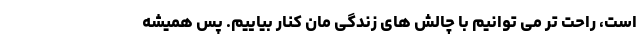
است، راحت تر می توانیم با چالش های زندگی مان کنار بیاییم. پس همیشه